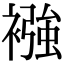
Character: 襁